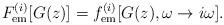
LaTeX: \begin{align*}F_{{\mathrm{em}}}^{(i)}[G(z)]=f_{{\mathrm{em}}}^{(i)}[G(z),\omega\rightarrow i\omega ]. \end{align*}